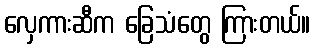
လှေကားဆီက ခြေသံတွေ ကြားတယ်။